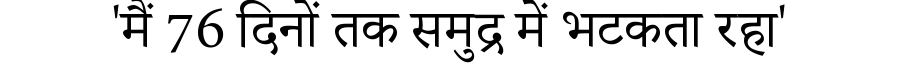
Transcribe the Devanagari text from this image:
'मैं 76 दिनों तक समुद्र में भटकता रहा'